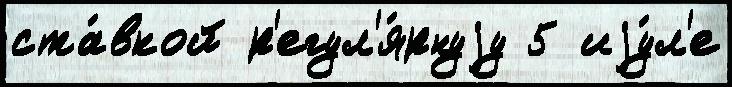
ста́вкой р'егул'я́рнуjу 5 иjу́л'е